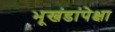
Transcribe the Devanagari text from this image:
भूखंडांपेक्षा